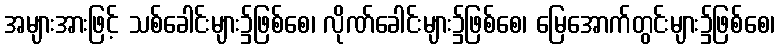
အများအားဖြင့် သစ်ခေါင်းများ၌ဖြစ်စေ၊ လိုဏ်ခေါင်းများ၌ဖြစ်စေ၊ မြေအောက်တွင်းများ၌ဖြစ်စေ၊